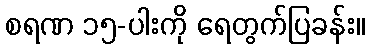
စရဏ ၁၅-ပါးကို ရေတွက်ပြခန်း။